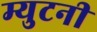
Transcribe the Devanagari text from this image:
म्युटनी